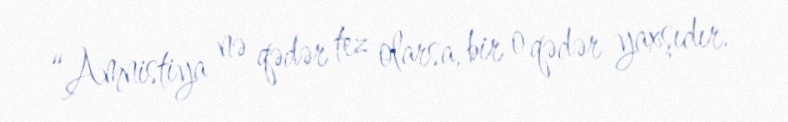
“Amnistiya nə qədər tez olarsa, bir o qədər yaxşıdır.